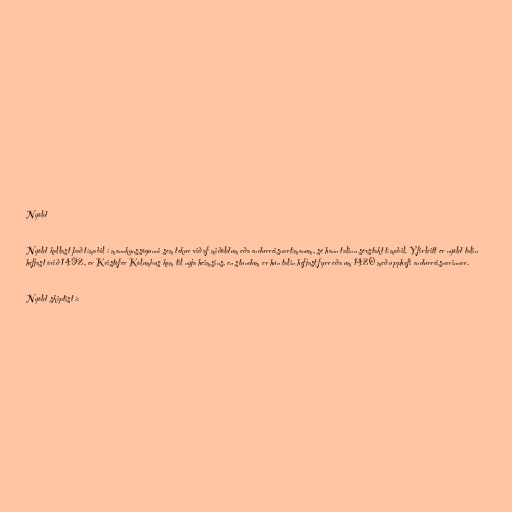
Nýöld

Nýöld kallast það tímabil í mannkynssögunni sem tekur við af miðöldum eða endurreisnartímanum, sé hann talinn sérstakt tímabil. Yfirleitt er nýöld talin
hefjast árið 1492, er Kristófer Kólumbus kom til nýja heimsins, en stundum er hún talin hefjast fyrr eða um 1420 með upphafi endurreisnarinnar.

Nýöld skiptist í: